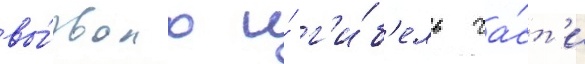
вы́звало и́ г'и́б'ель ча́ст'и